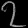
Digit: ၇